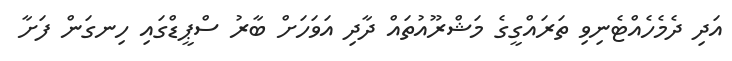
އަދި ދެމެހެއްޓެނިވި ތަރައްގީގެ މަޝްރޫއުތައް ދާދި އަވަހަށް ބާރު ސްޕީޑްގައި ހިނގަން ފަށާ